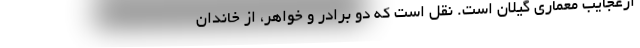
ازعجایب معماری گیلان است. نقل است که دو برادر و خواهر، از خاندان